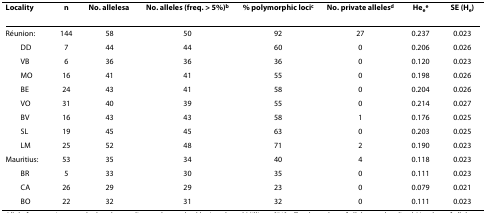
<table><thead><tr><td><b>Locality</b></td><td><b>n</b></td><td><b>No. alleles<sup>a</sup></b></td><td><b>No. alleles (freq. &gt; 5%)<sup>b</sup></b></td><td><b>% polymorphic loci<sup>c</sup></b></td><td><b>No. private alleles<sup>d</sup></b></td><td><b>He<sub>e</sub><sup>e</sup></b></td><td><b>SE (H<sub>e</sub>)</b></td></tr></thead><tbody><tr><td>Réunion:</td><td>144</td><td>58</td><td>50</td><td>92</td><td>27</td><td>0.237</td><td>0.023</td></tr><tr><td> DD</td><td>7</td><td>44</td><td>44</td><td>60</td><td>0</td><td>0.206</td><td>0.026</td></tr><tr><td> VB</td><td>6</td><td>36</td><td>36</td><td>36</td><td>0</td><td>0.120</td><td>0.023</td></tr><tr><td> MO</td><td>16</td><td>41</td><td>41</td><td>55</td><td>0</td><td>0.198</td><td>0.026</td></tr><tr><td> BE</td><td>24</td><td>43</td><td>41</td><td>58</td><td>0</td><td>0.204</td><td>0.026</td></tr><tr><td> VO</td><td>31</td><td>40</td><td>39</td><td>55</td><td>0</td><td>0.214</td><td>0.027</td></tr><tr><td> BV</td><td>16</td><td>43</td><td>43</td><td>58</td><td>1</td><td>0.176</td><td>0.025</td></tr><tr><td> SL</td><td>19</td><td>45</td><td>45</td><td>63</td><td>0</td><td>0.203</td><td>0.025</td></tr><tr><td> LM</td><td>25</td><td>52</td><td>48</td><td>71</td><td>2</td><td>0.190</td><td>0.023</td></tr><tr><td>Mauritius:</td><td>53</td><td>35</td><td>34</td><td>40</td><td>4</td><td>0.118</td><td>0.023</td></tr><tr><td> BR</td><td>5</td><td>33</td><td>30</td><td>35</td><td>0</td><td>0.111</td><td>0.023</td></tr><tr><td> CA</td><td>26</td><td>29</td><td>29</td><td>23</td><td>0</td><td>0.079</td><td>0.021</td></tr><tr><td> BO</td><td>22</td><td>32</td><td>31</td><td>32</td><td>0</td><td>0.111</td><td>0.023</td></tr></tbody></table>